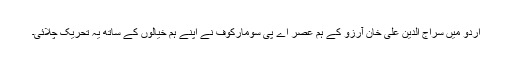
اردو میں سراج الدین علی خان آرزو کے ہم عصر اے پی سومارکوف نے اپنے ہم خیالوں کے ساتھ یہ تحریک چلائی۔